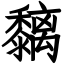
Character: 黐